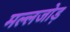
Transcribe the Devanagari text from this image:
मल्लजोड़